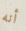
أنه